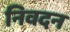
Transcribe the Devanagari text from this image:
निवदन